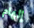
إلهام